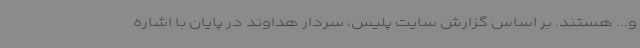
و... هستند. بر اساس گزارش سایت پلیس، سردار هداوند در پایان با اشاره